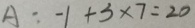
A : - 1 + 3 \times 7 = 2 0